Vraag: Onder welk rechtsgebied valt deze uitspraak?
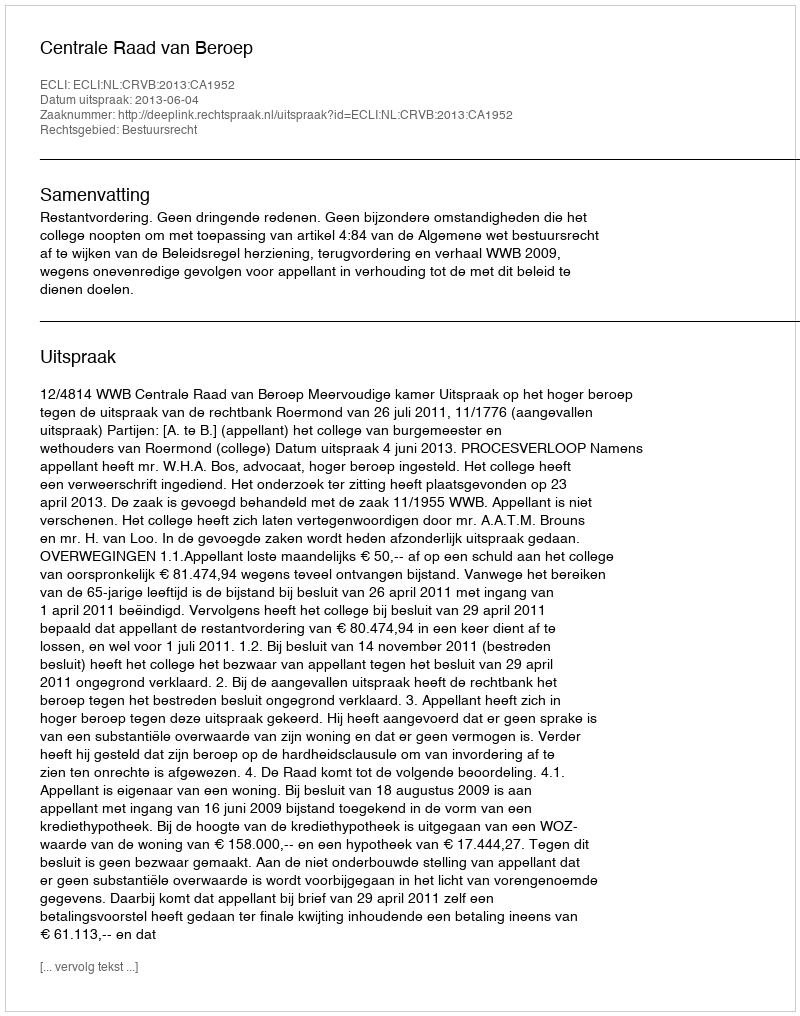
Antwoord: Bestuursrecht